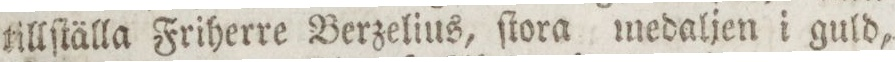
tillſtälla Friherre Berzelius, ſtora medaljen i guld,